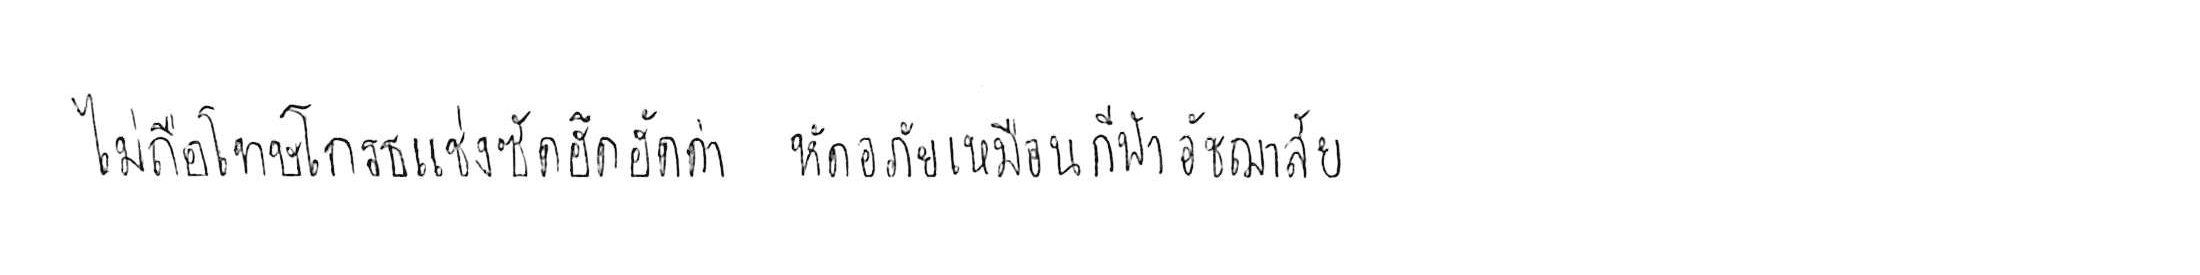
ไม่ถือโทษโกรธแช่งซัดฮึดฮัดด่า หัดอภัยเหมือนกีฬาอัชฌาสัย